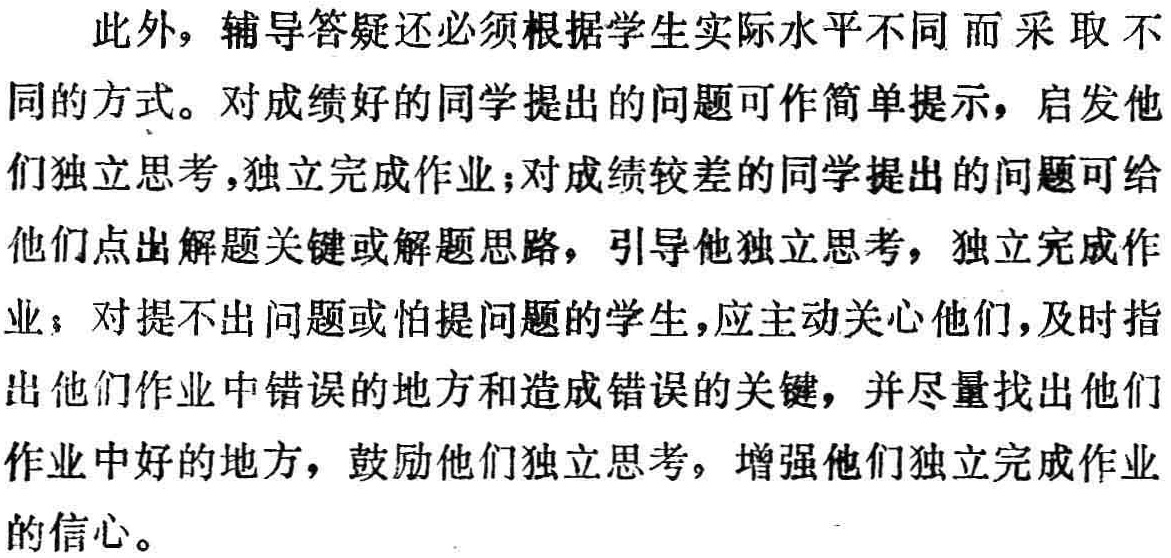
此外，辅导答疑还必须根据学生实际水平不同而采取不同的方式。对成绩好的同学提出的问题可作简单提示，启发他们独立思考，独立完成作业；对成绩较差的同学提出的问题可给他们点出解题关键或解题思路，引导他独立思考，独立完成作业；对提不出问题或怕提问题的学生，应主动关心他们，及时指出他们作业中错误的地方和造成错误的关键，并尽量找出他们作业中好的地方，鼓励他们独立思考，增强他们独立完成作业的信心。